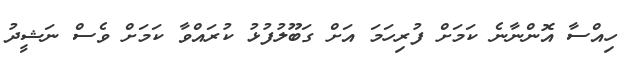
ހިއްސާ އޮންނާނެ ކަމަށް ފުރިހަމަ އަށް ގަބޫލުފުޅު ކުރައްވާ ކަމަށް ވެސް ނަޝީދު